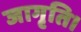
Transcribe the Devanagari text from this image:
जागृति।